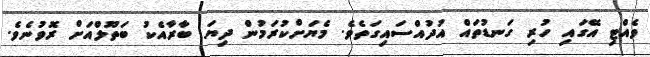
ވެއްޓި އޭގައި ހުރި ގަނޑުތައް އުދުއްސައިގަތެވެ. މެޔަށްކުރަމުން ދިޔަ ބާރާއެކު ބަތޫލްއަށް ރޮވުނެވެ.